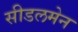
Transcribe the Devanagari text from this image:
सीडलमेन